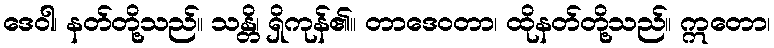
ဒေဝါ၊ နတ်တို့သည်။ သန္တိ၊ ရှိကုန်၏။ တာဒေဝတာ၊ ထိုနတ်တို့သည်။ ဣတော၊